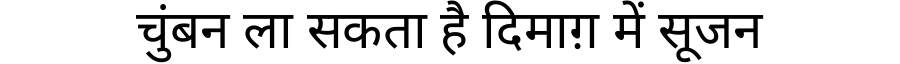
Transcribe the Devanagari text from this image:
चुंबन ला सकता है दिमाग़ में सूजन